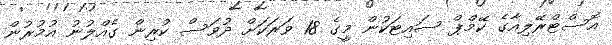
އޮސްޓްރޭލިއާގެ ކޭމްޕް ސައިޓަކުން މީގެ 18 ވަރަކަށް ދުވަސް ކުރިން ގެއްލުނު އުމުރުން